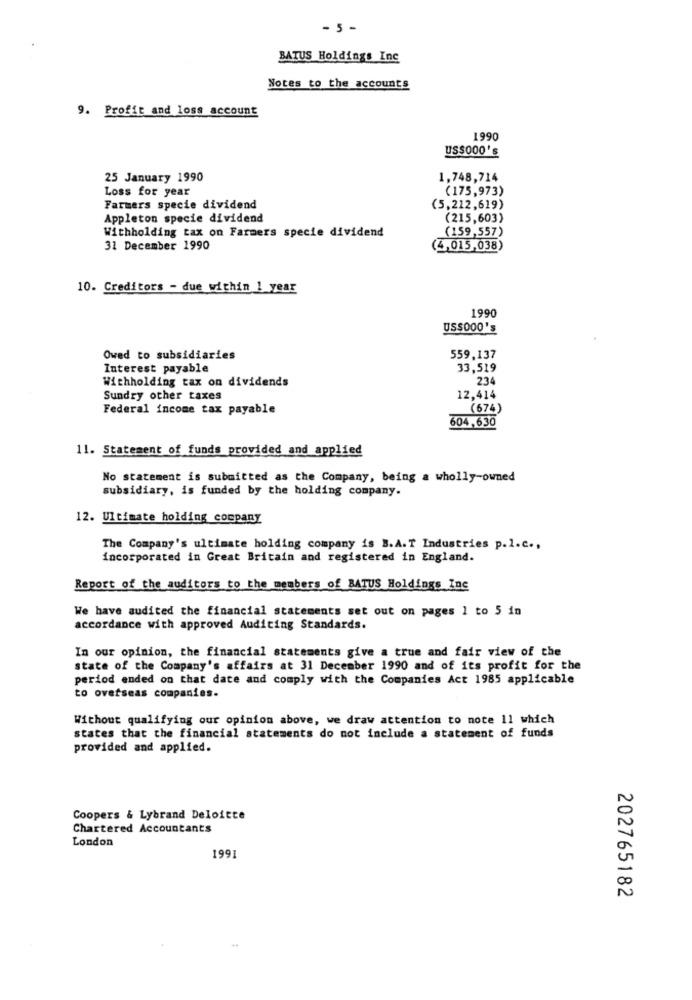
- 5 -
BATUS Holdings Inc
Notes to the accounts
9. Profit and loss account
1990
US$000's
25 January 1990
1,748,714
Loss for year
(175,973)
Farmers specie dividend
(5,212,619)
Appleton specie dividend
(215,603)
(159,557)
Withholding tax on Farmers specie dividend
31 December 1990
(4,015,038)
10. Creditors - due within 1 year
1990
US$000's
Owed to subsidiaries
559,137
Interest payable
33,519
Withholding tax on dividends
234
Sundry other taxes
12,414
Federal income tax payable
(674)
604,630
11. Statement of funds provided and applied
No statement is submitted as the Company, being a wholly-owned
subsidiary, is funded by the holding company.
12. Ultimate holding company
The Company's ultimate holding company is B.A.T Industries p.1.c .,
incorporated in Great Britain and registered in England.
Report of the auditors to the members of BATUS Holdings Inc
We have audited the financial statements set out on pages 1 to 5 in
accordance with approved Auditing Standards.
In our opinion, the financial statements give a true and fair view of the
state of the Company's affairs at 31 December 1990 and of its profit for the
period ended on that date and comply with the Companies Act 1985 applicable
to overseas companies.
Without qualifying our opinion above, we draw attention to note 11 which
states that the financial statements do not include a statement of funds
provided and applied.
Coopers & Lybrand Deloitte
Chartered Accountants
London
1991
202765182